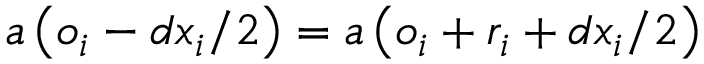
a \left( o _ { i } - d x _ { i } / 2 \right) = a \left( o _ { i } + r _ { i } + d x _ { i } / 2 \right)